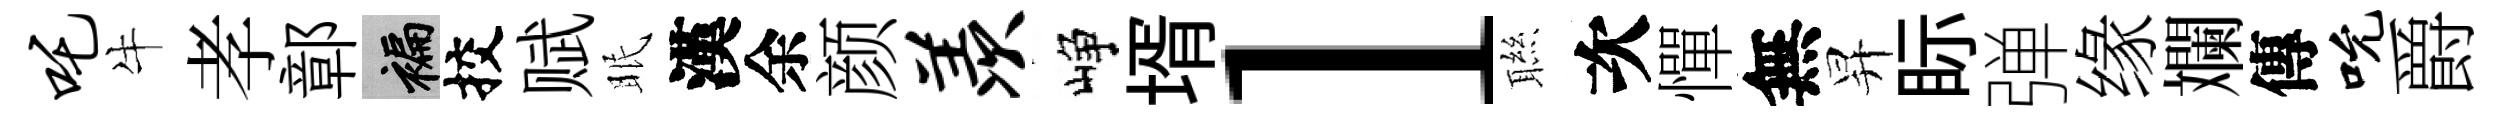
吒牛孝鄣褊挍赋眠漢余颜羡峥壻l聮次憚無昇眎弹缘斕傳吮爵